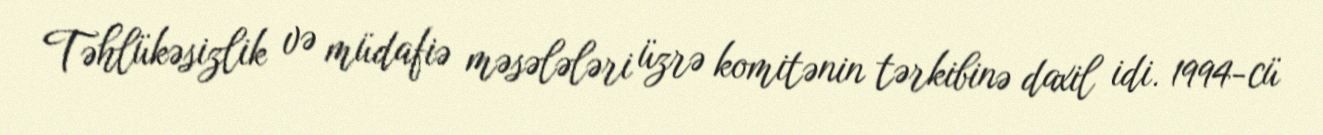
Təhlükəsizlik və müdafiə məsələləri üzrə komitənin tərkibinə daxil idi. 1994-cü